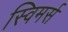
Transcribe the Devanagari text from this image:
स्विमर्स